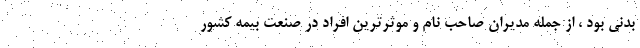
بدنی بود ، از جمله مدیران صاحب نام و موثرترین افراد در صنعت بیمه کشور